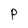
Character: P